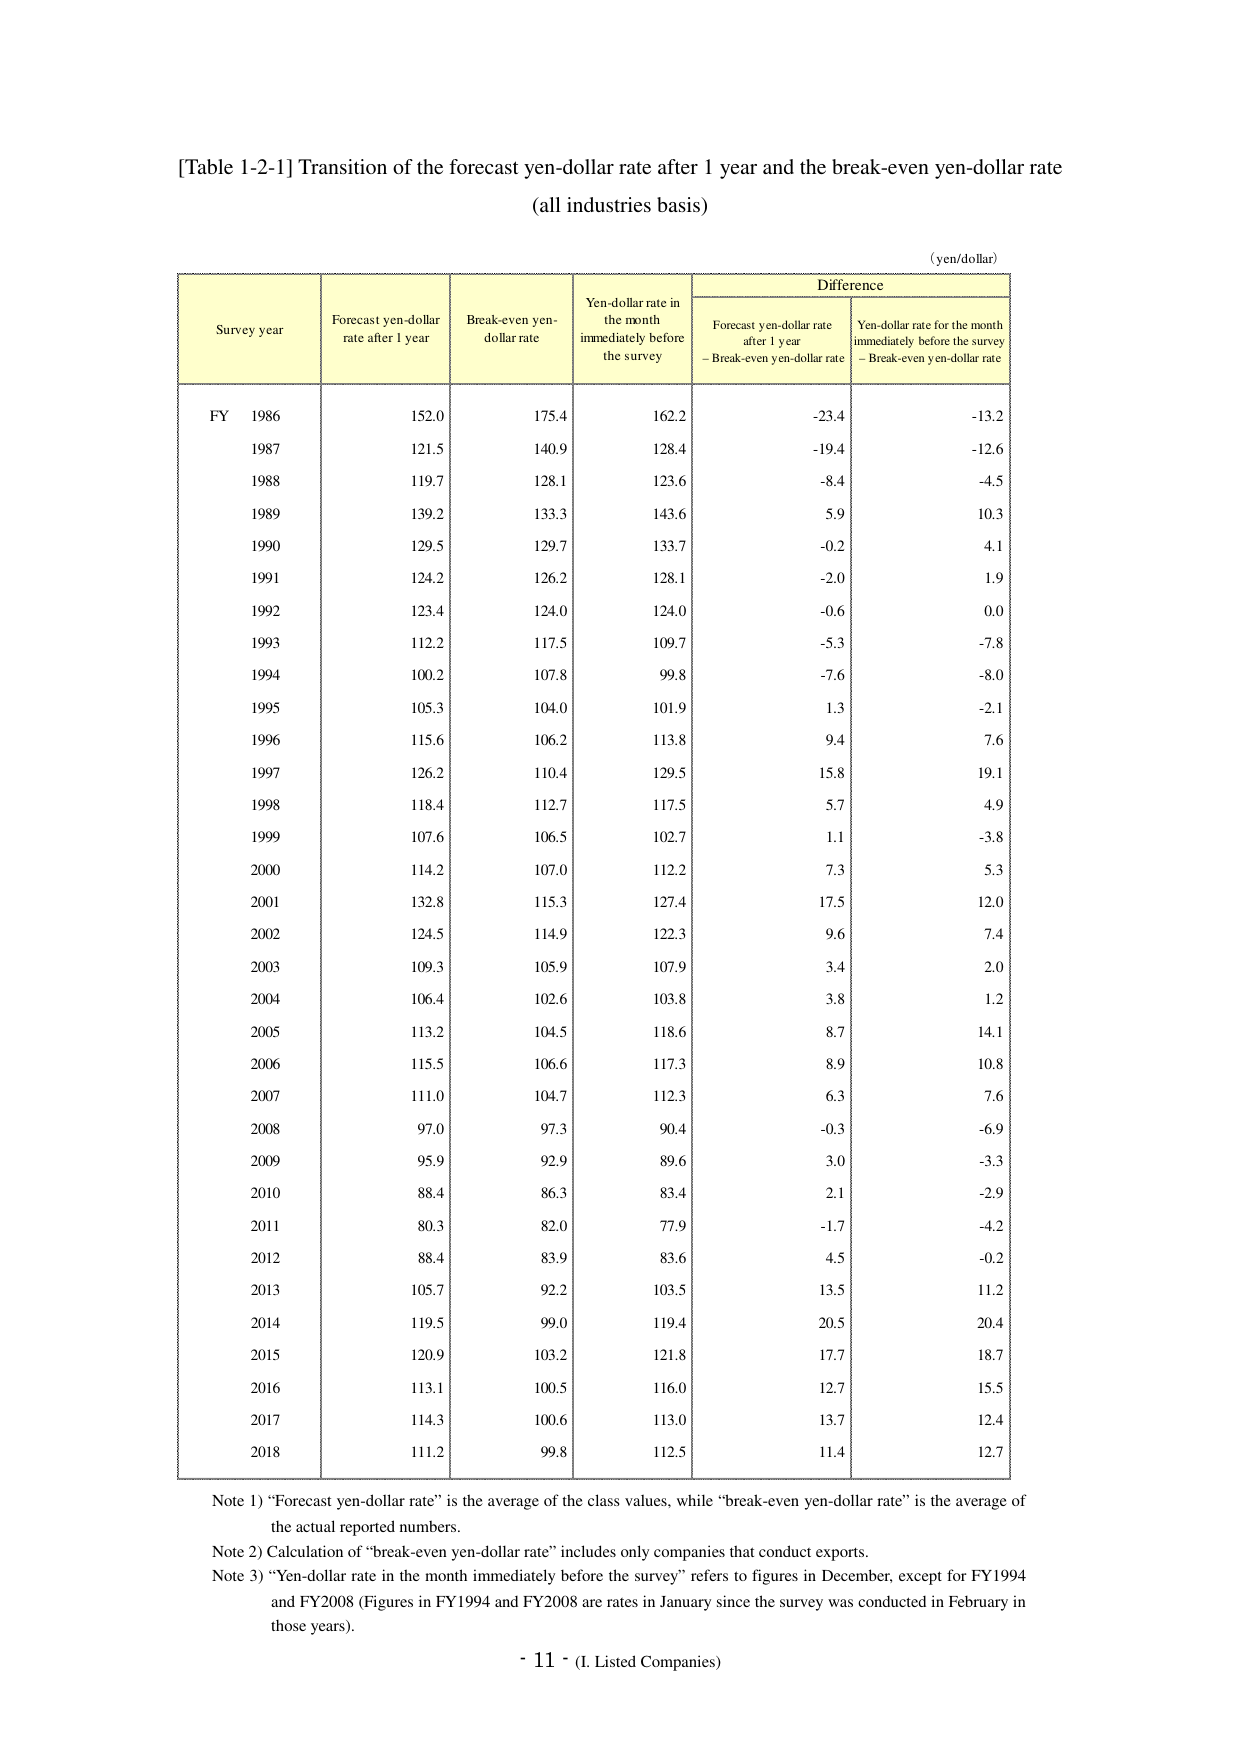
[Table 1-2-1] Transition of the forecast yen-dollar rate after 1 year and the break-even yen-dollar rate
(all industries basis)

(yen/dollar)

Survey year | Forecast yen-dollar rate after 1 year | Break-even yen-dollar rate | Yen-dollar rate in the month immediately before the survey | Difference |
-------------|----------------------------------------|-----------------------------|----------------------------------------------------------|------------|
             |                                        |                             |                                                          | Forecast yen-dollar rate after 1 year – Break-even yen-dollar rate | Yen-dollar rate for the month immediately before the survey – Break-even yen-dollar rate |
FY 1986      | 152.0                                  | 175.4                       | 162.2                                                  | -23.4      | -13.2      |
1987         | 121.5                                  | 140.9                       | 128.4                                                  | -19.4      | -12.6      |
1988         | 119.7                                  | 128.1                       | 123.6                                                  | -8.4       | -4.5       |
1989         | 139.2                                  | 133.3                       | 143.6                                                  | 5.9        | 10.3       |
1990         | 129.5                                  | 129.7                       | 133.7                                                  | -0.2       | 4.1        |
1991         | 124.2                                  | 126.2                       | 128.1                                                  | -2.0       | 1.9        |
1992         | 123.4                                  | 124.0                       | 124.0                                                  | -0.6       | 0.0        |
1993         | 112.2                                  | 117.5                       | 109.7                                                  | -5.3       | -7.8       |
1994         | 100.2                                  | 107.8                       | 99.8                                                   | -7.6       | -8.0       |
1995         | 105.3                                  | 104.0                       | 101.9                                                  | 1.3        | -2.1       |
1996         | 115.6                                  | 106.2                       | 113.8                                                  | 9.4        | 7.6        |
1997         | 126.2                                  | 110.4                       | 129.5                                                  | 15.8       | 19.1       |
1998         | 118.4                                  | 112.7                       | 117.5                                                  | 5.7        | 4.9        |
1999         | 107.6                                  | 106.5                       | 102.7                                                  | 1.1        | -3.8       |
2000         | 114.2                                  | 107.0                       | 112.2                                                  | 7.3        | 5.3        |
2001         | 132.8                                  | 115.3                       | 127.4                                                  | 17.5       | 12.0       |
2002         | 124.5                                  | 114.9                       | 122.3                                                  | 9.6        | 7.4        |
2003         | 109.3                                  | 105.9                       | 107.9                                                  | 3.4        | 2.0        |
2004         | 106.4                                  | 102.6                       | 103.8                                                  | 3.8        | 1.2        |
2005         | 113.2                                  | 104.5                       | 118.6                                                  | 8.7        | 14.1       |
2006         | 115.5                                  | 106.6                       | 117.3                                                  | 8.9        | 10.8       |
2007         | 111.0                                  | 104.7                       | 112.3                                                  | 6.3        | 7.6        |
2008         | 97.0                                   | 97.3                        | 90.4                                                   | -0.3       | -6.9       |
2009         | 95.9                                   | 92.9                        | 89.6                                                   | 3.0        | -3.3       |
2010         | 88.4                                   | 86.3                        | 83.4                                                   | 2.1        | -2.9       |
2011         | 80.3                                   | 82.0                        | 77.9                                                   | -1.7       | -4.2       |
2012         | 88.4                                   | 83.9                        | 83.6                                                   | 4.5        | -0.2       |
2013         | 105.7                                  | 92.2                        | 103.5                                                  | 13.5       | 11.2       |
2014         | 119.5                                  | 99.0                        | 119.4                                                  | 20.5       | 20.4       |
2015         | 120.9                                  | 103.2                       | 121.8                                                  | 17.7       | 18.7       |
2016         | 113.1                                  | 100.5                       | 116.0                                                  | 12.7       | 15.5       |
2017         | 114.3                                  | 100.6                       | 113.0                                                  | 13.7       | 12.4       |
2018         | 111.2                                  | 99.8                        | 112.5                                                  | 11.4       | 12.7       |

Note 1) “Forecast yen-dollar rate” is the average of the class values, while “break-even yen-dollar rate” is the average of the actual reported numbers.
Note 2) Calculation of “break-even yen-dollar rate” includes only companies that conduct exports.
Note 3) “Yen-dollar rate in the month immediately before the survey” refers to figures in December, except for FY1994 and FY2008 (Figures in FY1994 and FY2008 are rates in January since the survey was conducted in February in those years).

- 11 - (I. Listed Companies)